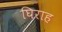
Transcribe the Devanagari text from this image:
घिराह